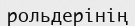
рольдерінің